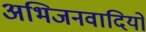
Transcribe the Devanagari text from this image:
अभिजनवादियों